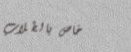
خاص بالطلاب